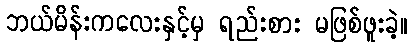
ဘယ်မိန်းကလေးနှင့်မှ ရည်းစား မဖြစ်ဖူးခဲ့။